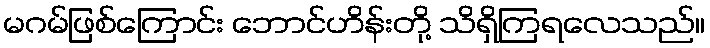
မဂမ်ဖြစ်ကြောင်း ဘောင်ဟိန်းတို့ သိရှိကြရလေသည်။